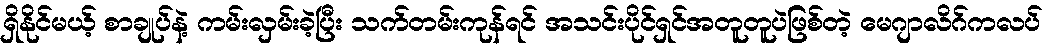
ရှိနိုင်မယ့် စာချုပ်နဲ့ ကမ်းလှမ်းခဲ့ပြီး သက်တမ်းကုန်ရင် အသင်းပိုင်ရှင်အတူတူပဲဖြစ်တဲ့ မေဂျာလိဂ်ကလပ်